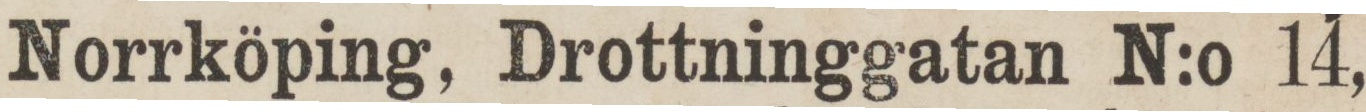
Norrköping, Drottninggatan N:o 14,